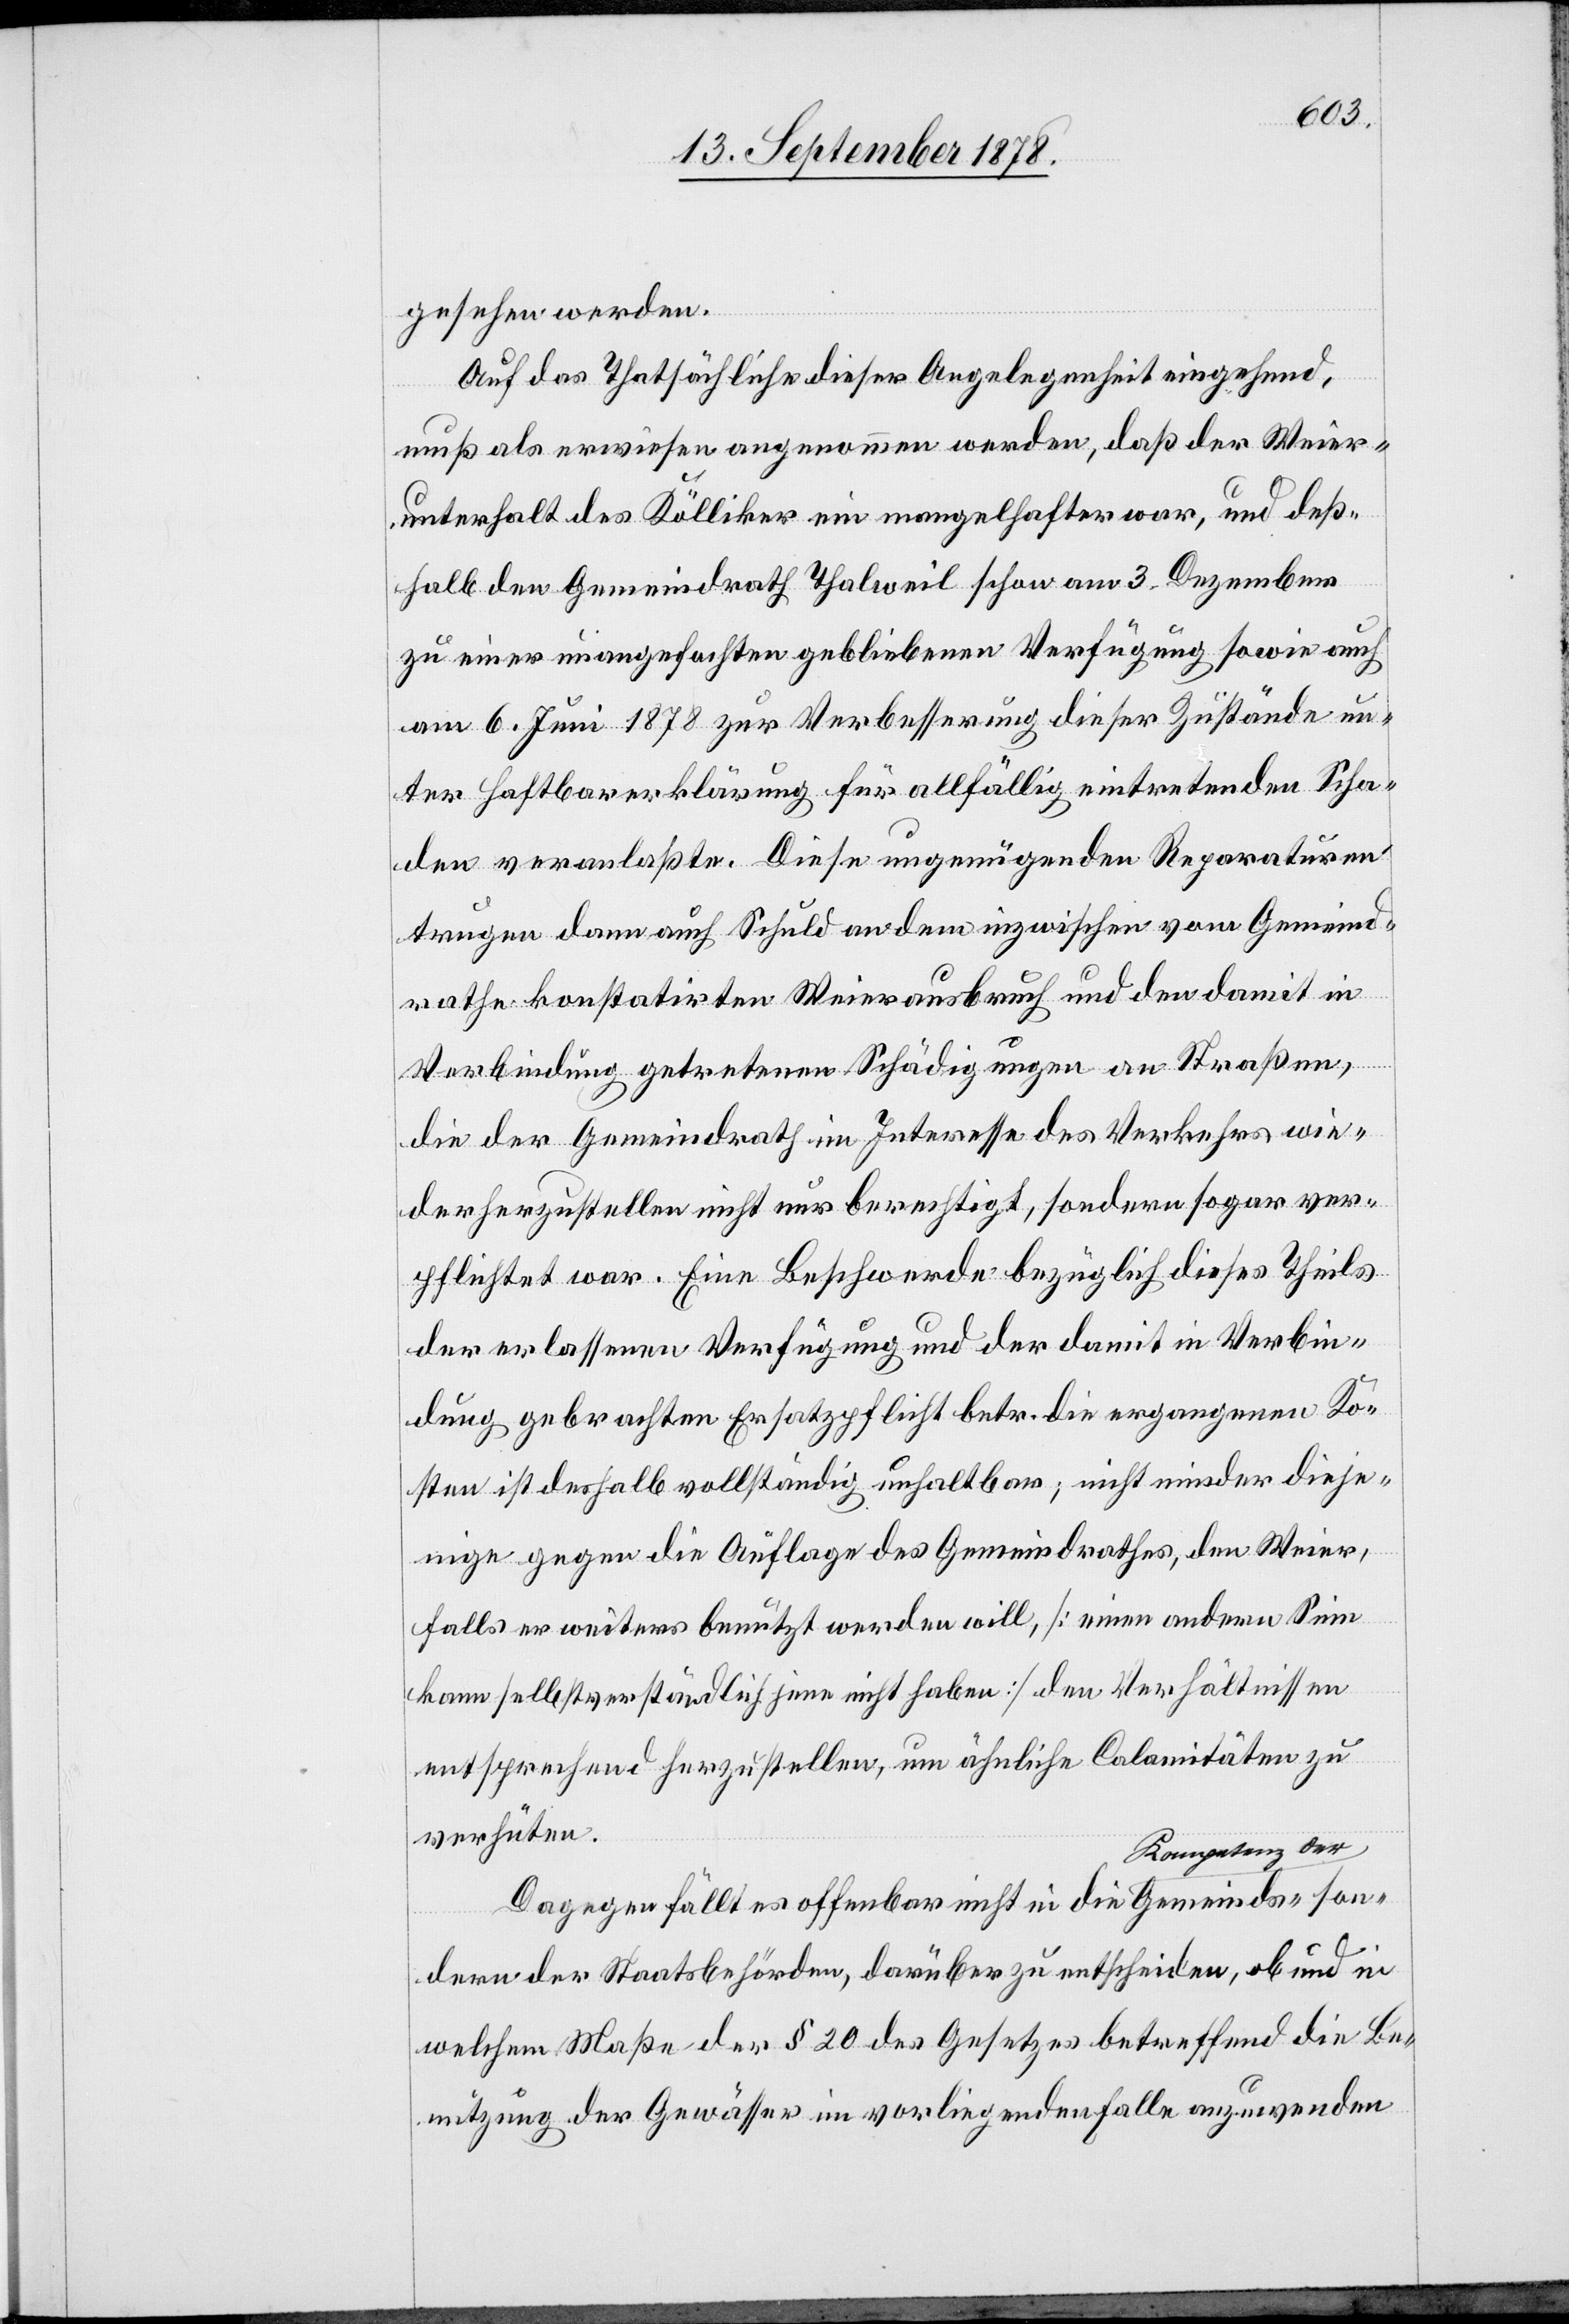
gesehen werden.
Auf das Thatsächliche dieser Angelegenheit eingehend,
muß als erwiesen angenommen werden, daß der Weier¬
unterhalt des Kölliker ein mangelhafter war, und deß¬
halb den Gemeindrath Thalweil schon am 3. Dezember
zu einer unangefochten gebliebenen Verfügung sowie auch
am 6. Juni 1878 zur Verbesserung dieser Zustände un¬
ter Haftbarerklärung für allfällig eintretenden Scha¬
den veranlaßte. Diese ungenügenden Reparaturen
trugen dann auch Schuld an dem inzwischen vom Gemeind¬
rathe konstatirten Weierausbruch und den damit in
son¬
Verbindung getretenen Schädigungen an Straßen,
die der Gemeindrath im Interesse des Verkehrs wie¬
derherzustellen nicht nur berechtigt, sondern sogar ver¬
pflichtet war. Eine Beschwerde bezüglich dieses Theils
der erlassenen Verfügung und der damit in Verbin¬
dung gebrachten Ersatzpflicht betr. die ergangenen Ko¬
sten ist deshalb vollständig unhaltbar; nicht minder dieje¬
nige gegen die Auflage des Gemeindrathes, den Weier,
falls er weiter benutzt werden will, [einen andern Sinn
kann selbstverständlich jene nicht haben] den Verhältnissen
entsprechend herzustellen, um ähnliche Calamitäten zu
verhüten.
Dagegen fällt es offenbar nicht in die Kompetenz der Gem¬
dern der Staatsbehörden, darüber zu entscheiden, ob und in
welchem Maße der § 20 des Gesetzes betreffend die Be¬
nützung der Gewässer im vorliegenden Falle anzuwenden